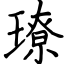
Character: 璙